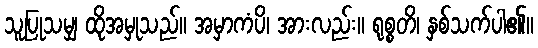
သူပြုသမျှ ထိုအမှုသည်။ အမှာကံပိ၊ အားလည်း။ ရုစ္စတိ၊ နှစ်သက်ပါ၏။